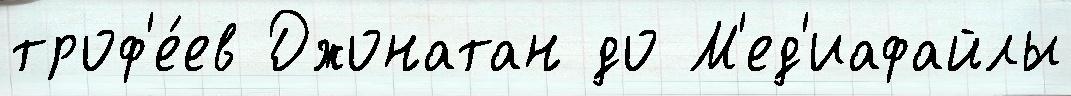
троф'е́ев Джонатан до М'ед'иафайлы